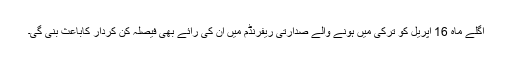
اگلے ماہ 16 اپریل کو ترکی میں ہونے والے صدارتی ریفرنڈم میں ان کی رائے بھی فیصلہ کن کردار کاباعث بنی گی۔